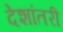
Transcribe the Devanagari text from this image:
देशांतरी